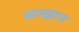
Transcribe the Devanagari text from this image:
वानहाःन